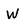
Character: W